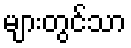
များတွင်သာ